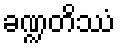
ခဏ္ဍတိဿံ